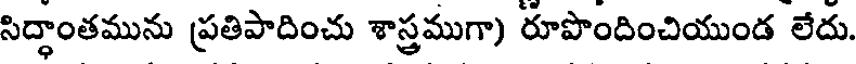
సిద్ధాంతమును ప్రతిపాదించు శాస్త్రముగా) రూపొందించియుండ లేదు.